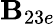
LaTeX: \mathbf{B}_{23e}